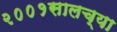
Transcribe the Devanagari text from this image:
२००१सालच्या